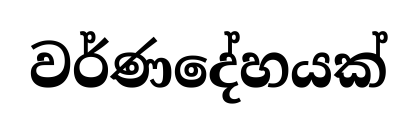
වර්ණදේහයක්